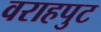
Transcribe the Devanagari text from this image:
वराहपुट